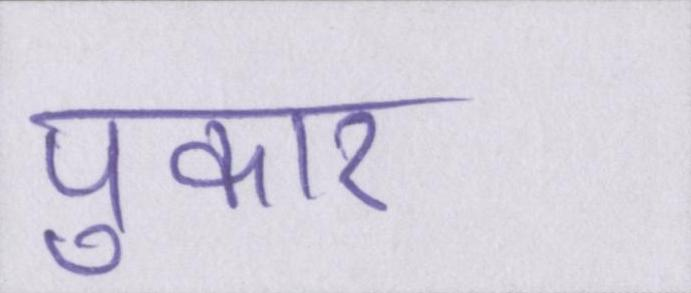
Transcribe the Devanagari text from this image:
पुकार